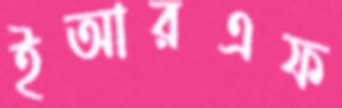
ইআরএফ